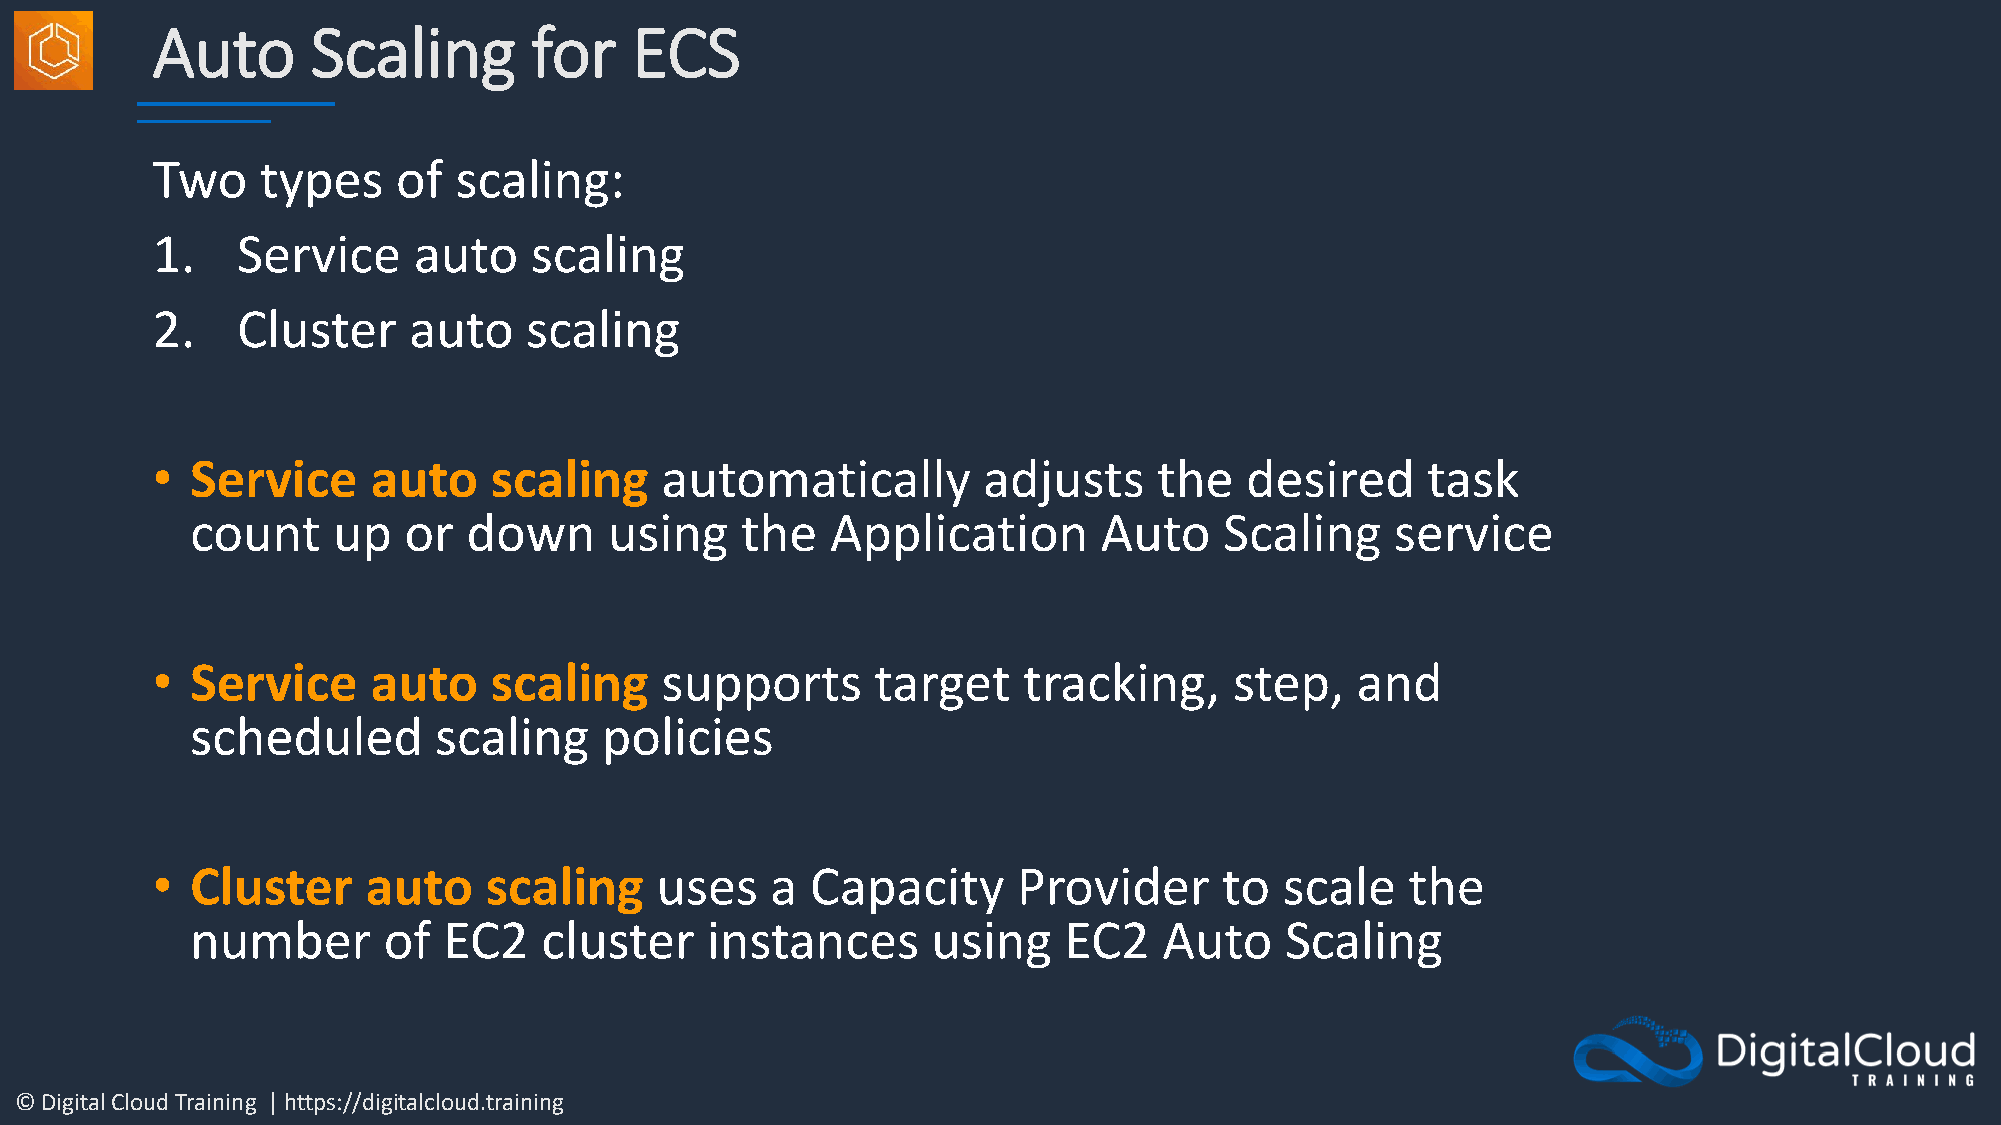
Auto       Scaling       for    ECS
 Two    types    of  scaling:
 1.    Service    auto    scaling
 2.    Cluster    auto    scaling
 •  Service     auto   scaling     automatically        adjusts     the  desired     task
 count    up   or  down     using    the   Application       Auto    Scaling    service
 •  Service     auto   scaling     supports      target    tracking,     step,   and
 scheduled       scaling    policies
 •  Cluster    auto    scaling    uses    a  Capacity     Provider      to  scale   the
 number      of  EC2    cluster    instances      using   EC2    Auto    Scaling
 © Digital Cloud Training | https://digitalcloud.training